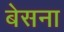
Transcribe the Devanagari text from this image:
बेसना